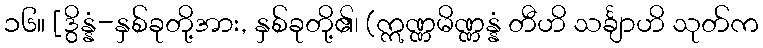
၁၆။ [ဒွိန္နံ-နှစ်ခုတို့အား, နှစ်ခုတို့၏၊ (ဣဏ္ဏမိဏ္ဏန္နံ တီဟိ သင်္ချာဟိ သုတ်က